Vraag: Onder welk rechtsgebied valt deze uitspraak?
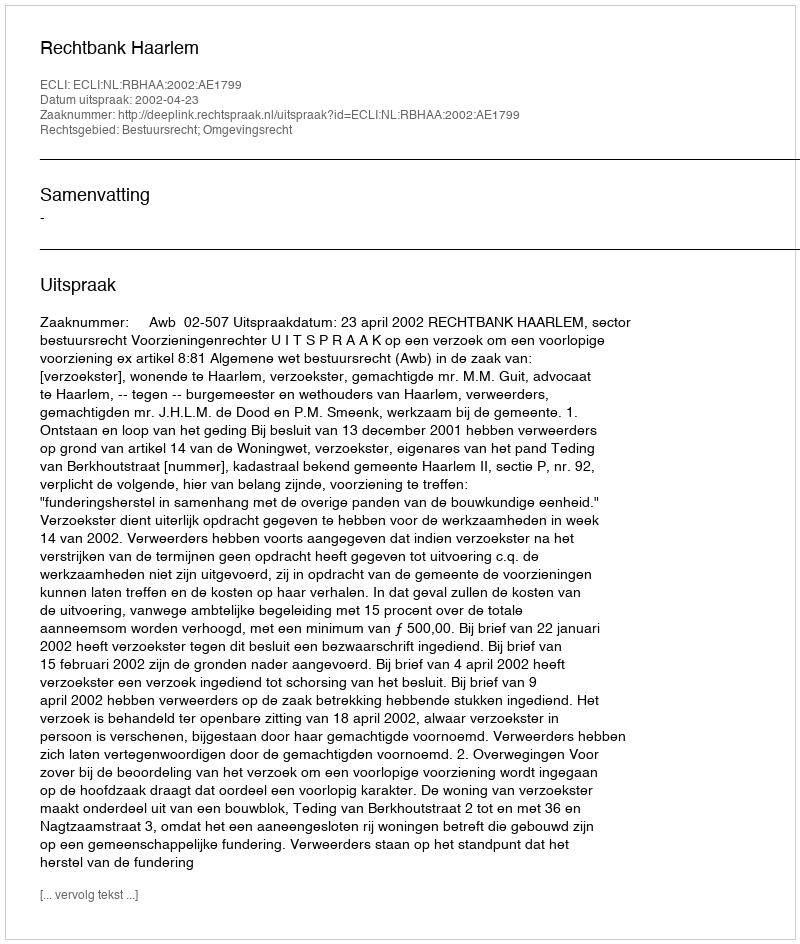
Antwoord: Bestuursrecht; Omgevingsrecht